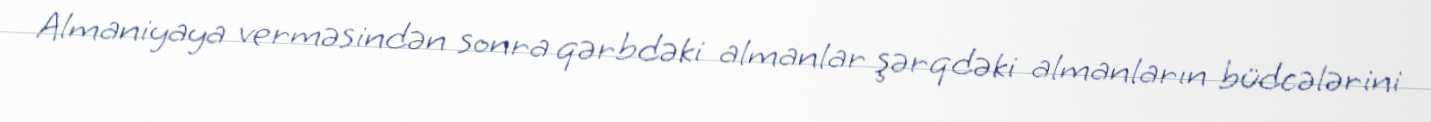
Almaniyaya verməsindən sonra qərbdəki almanlar şərqdəki almanların büdcələrini